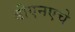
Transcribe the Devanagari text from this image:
डीएनएचे